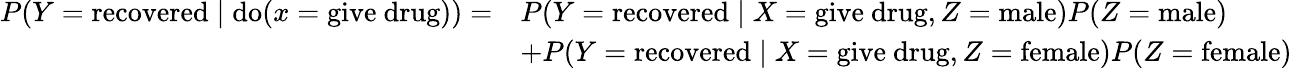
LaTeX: {\begin{array}{rl}{P(Y={\mathrm{recovered}}\mid{\mathrm{do}}(x={\mathrm{give~drug}}))=}&{P(Y={\mathrm{recovered}}\mid X={\mathrm{give~drug}},Z={\mathrm{male}})P(Z={\mathrm{male}})}\\ &{+P(Y={\mathrm{recovered}}\mid X={\mathrm{give~drug}},Z={\mathrm{female}})P(Z={\mathrm{female}})}\end{array}}